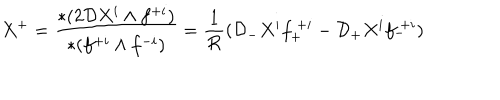
LaTeX: X ^ { + } = { \frac { * ( 2 { \cal D } X ^ { i } \wedge f ^ { + i } ) } { * ( f ^ { + i } \wedge f ^ { - i } ) } } = { \frac { 1 } { \cal R } } ( { \cal D } _ { - } X ^ { i } f _ { + } ^ { ~ + i } - { \cal D } _ { + } X ^ { i } f _ { - } ^ { ~ + i } )